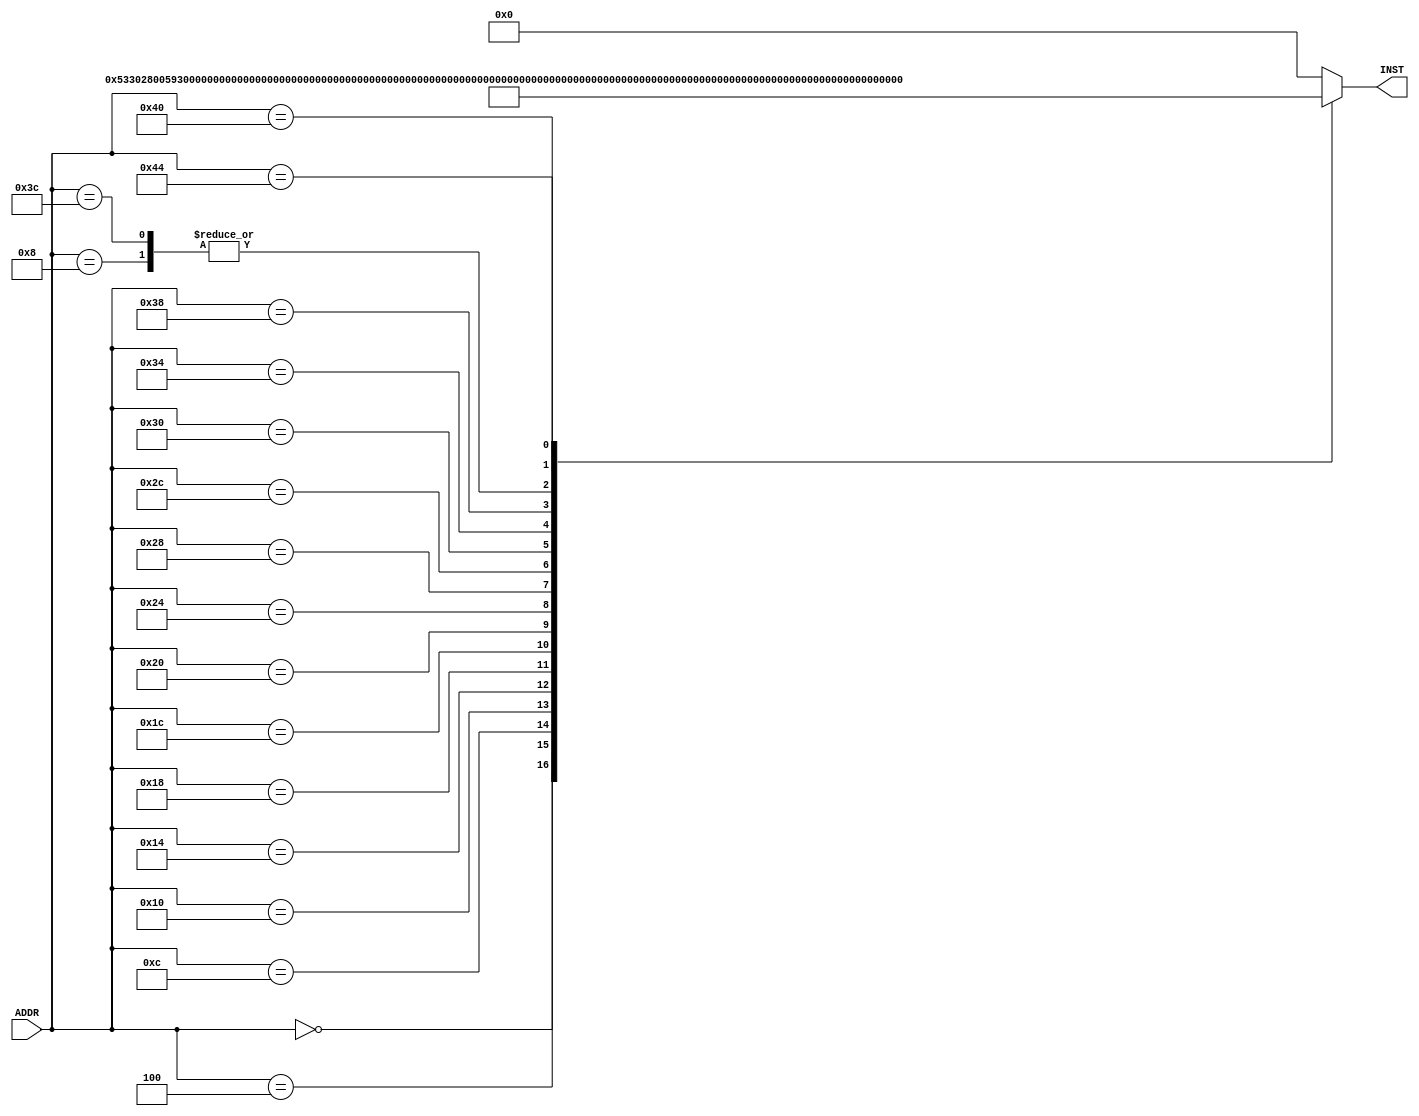
module Vr_inst_mem(ADDR, INST);
  input [31:0] ADDR;
  output reg [31:0] INST;

  always @ (ADDR)
  begin
    case(ADDR)
        0: INST = 32'h00000533; //add a0, zero, zero
        4: INST = 32'h02800593; 
        8: INST = 32'h00000333; //  addt1, zero, zero 
       12: INST = 32'h000002b3; //add t0, zero, zero 
       16: INST = 32'H006003B3; //add  t2, zero, t1  
       20: INST = 32'h00430313; //addi  t1, t1, 4  
       24: INST = 32'h00530e33; //add t3, t1, t0   
       28: INST = 32'h04be0063; //beq t3, a1, .TLOOP  
       32: INST = 32'h0003A503; //lwa0, 0(t2)
       36: INST = 32'h00022903; //  lw a2, 4(t2)
       40: INST = 32'h0043A503; //  blt a2, a0, .SWAP  
       44: INST = 32'hfcb344e3; //bltt1, a1, .LOOP   
       48: INST = 32'h00a3a223; //  sw a0, 4(t2)  
       52: INST = 32'h00c3a023; //  sw a2, 0(t2)
       56: INST = 32'hfaa648e3; //  blt a2, a0, .LOOP
       60: INST = 32'h00000333; //addt1, zero, zero  
       64: INST = 32'h00428293; //addi t0, t0, 4  
       68: INST = 32'hf8b2cce3; //  blt to, a1, .LOOP
      //  68: INST = 32'h00a54533; //xor a0, a0, a0
      //  72: INST = 32'h00008067; //jalrzero, 0(ra)
        default: INST = 32'h00000000;

    endcase
  end
endmodule